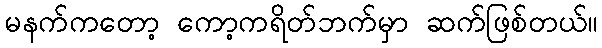
မနက်ကတော့ ကော့ကရိတ်ဘက်မှာ ဆက်ဖြစ်တယ်။